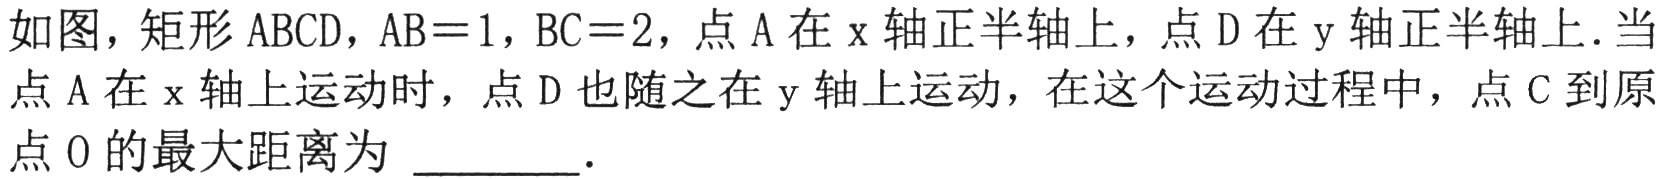
如图，矩形$\text{ABCD}$，$\text{AB}=1$，$\text{BC}=2$，点$\text{A}$在$\text{x}$轴正半轴上，点$\text{D}$在$\text{y}$轴正半轴上．当点$\text{A}$在$\text{x}$轴上运动时，点$\text{D}$也随之在$\text{y}$轴上运动，在这个运动过程中，点$\text{C}$到原点$\text{O}$的最大距离为 \_\_\_\_\_．